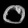
Digit: ၀